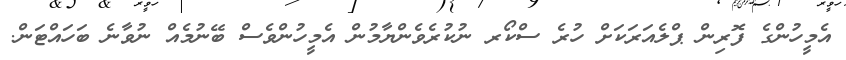
އެމީހުންގެ ފޮރިން ޕްލެއަރަކަށް ހުރެ ސްކޯރ ނުކުރެވެންޔާމުން އެމީހުންވެސް ބޭނުމެއް ނުވާނެ ބަހައްޓަން.